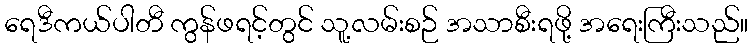
ရေဒီကယ်ပါတီ ကွန်ဖရင့်တွင် သူ့လမ်းစဉ် အသာစီးရဖို့ အရေးကြီးသည်။